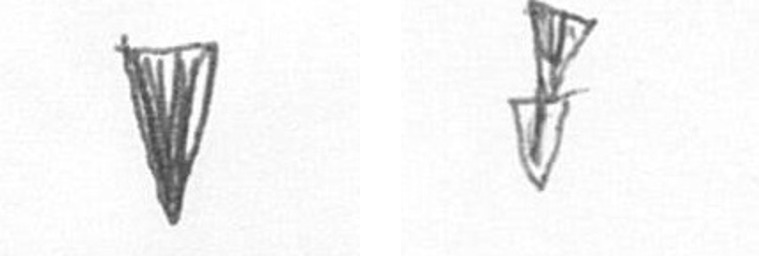
J Z